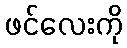
ဖင်လေးကို